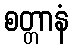
စတ္တာနံ